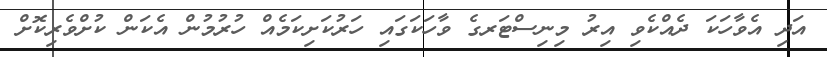
އަދި އެވާހަކަ ދެއްކެވި އިރު މިނިސްޓަރގެ ވާހަކަގައި ހަރުކަށިކަމެއް ހުރުމުން އެކަން ކުށްވެރިކޮށް